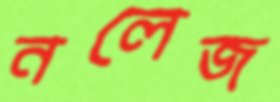
নলেজ